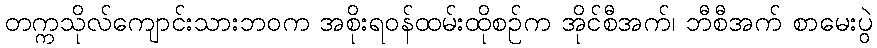
တက္ကသိုလ်ကျောင်းသားဘဝက အစိုးရဝန်ထမ်းထိုစဉ်က အိုင်စီအက်၊ ဘီစီအက် စာမေးပွဲ